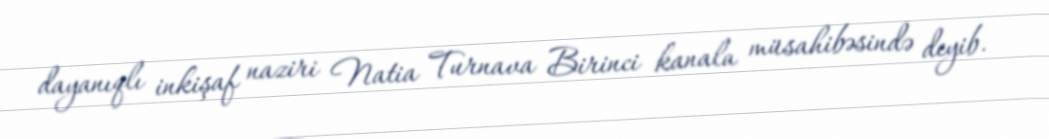
dayanıqlı inkişaf naziri Natia Turnava Birinci kanala müsahibəsində deyib.